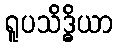
ရူပသိဒ္ဓိယာ